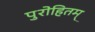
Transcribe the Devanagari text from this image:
पुरोहितम्